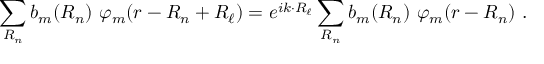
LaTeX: \sum _ { \boldsymbol { R _ { n } } } b _ { m } ( { \boldsymbol { R _ { n } } } ) \ \varphi _ { m } ( { \boldsymbol { r - R _ { n } + R _ { \ell } } } ) = e ^ { i { \boldsymbol { k \cdot R _ { \ell } } } } \sum _ { \boldsymbol { R _ { n } } } b _ { m } ( { \boldsymbol { R _ { n } } } ) \ \varphi _ { m } ( { \boldsymbol { r - R _ { n } } } ) \ .